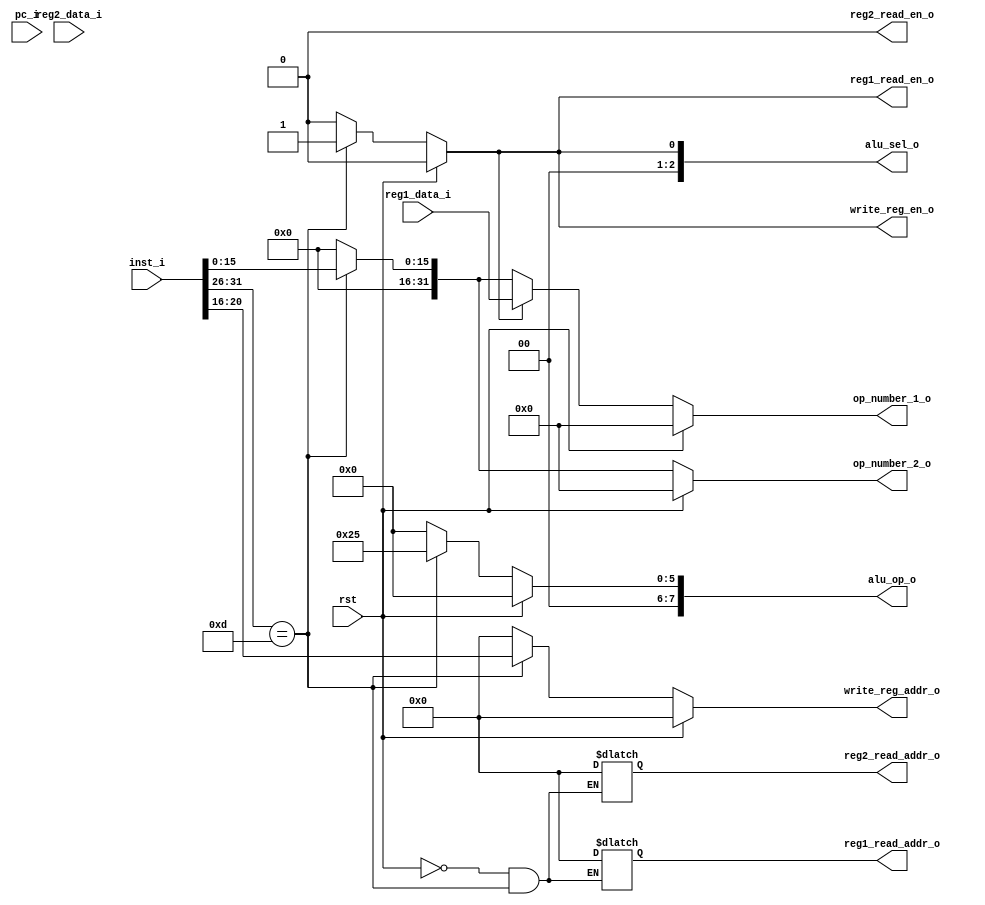
module id(
    input wire rst,
    input wire [31:0] pc_i,
    input wire [31:0] inst_i,
    //reg data
    input wire [31:0] reg1_data_i,
    input wire [31:0] reg2_data_i,
    //read enable
    output reg reg1_read_en_o,
    output reg reg2_read_en_o,
    output reg [4:0] reg1_read_addr_o,
    output reg [4:0] reg2_read_addr_o,

    //alu signal
    output reg [7:0] alu_op_o,//
    output reg [2:0] alu_sel_o,//
    output reg [31:0] op_number_1_o,//1
    output reg [31:0] op_number_2_o,//2
    output reg write_reg_en_o,//
    output reg [4:0] write_reg_addr_o//
);
    //
    wire[5:0] op1 = inst_i[31:26];
    wire[4:0] op2 = inst_i[10:6];
    wire[5:0] op3 = inst_i[5:0];
    wire[4:0] op4 = inst_i[20:16];

    reg inst_valid;
    reg[31:0] imm_number;

    //decode
    always @ (*) begin
        if(rst == 1'b1) begin
            alu_op_o <= 8'b00000000;
            alu_sel_o <= 3'b000;
            write_reg_en_o <= 1'b0;
            write_reg_addr_o <= 5'b00000;
            reg1_read_en_o <= 1'b0;
            reg2_read_en_o <= 1'b0;
            reg1_read_addr_o <= 5'b00000;
            reg2_read_addr_o <= 5'b00000;
            inst_valid <= 1'b0;
            imm_number <= 32'h0;
        end else begin
            case (op1)
                6'b001101: begin
                    write_reg_en_o <= 1'b1;
                    write_reg_addr_o <= op4;
                    alu_op_o <= 8'b00100101;
                    alu_sel_o <= 3'b001;
                    reg1_read_en_o <= 1'b1;
                    reg2_read_en_o <= 1'b0;
                    imm_number <= {16'h0,inst_i[15:0]};
                    inst_valid <= 1'b1;
                end
                default:begin
                    alu_op_o <= 8'b00000000;
                    alu_sel_o <= 3'b000;
                    write_reg_en_o <= 1'b0;
                    write_reg_addr_o <= 5'b00000;
                    reg1_read_en_o <= 1'b0;
                    reg2_read_en_o <= 1'b0;
                    reg1_read_addr_o <= 5'b00000;
                    reg2_read_addr_o <= 5'b00000;
                    inst_valid <= 1'b0;
                    imm_number <= 32'h0;
                end
            endcase
        end
    end


    always @ (*) begin
        if(rst == 1'b1) op_number_1_o <= 32'h00000000;
        else if(reg1_read_en_o == 1'b1) op_number_1_o <= reg1_data_i;
        else if(reg1_read_en_o == 1'b0) op_number_1_o <= imm_number;
        else op_number_1_o <= 32'h00000000;
    end

    always @ (*) begin
        if(rst == 1'b1) op_number_2_o <= 32'h00000000;
        else if(reg2_read_en_o == 1'b1) op_number_2_o <= reg1_data_i;
        else if(reg2_read_en_o == 1'b0) op_number_2_o <= imm_number;
        else op_number_2_o <= 32'h00000000;
    end
endmodule